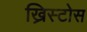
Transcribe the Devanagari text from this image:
ख्रिस्टोस